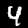
Digit: 4